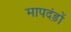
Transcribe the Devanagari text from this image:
मापदंड़ों